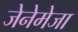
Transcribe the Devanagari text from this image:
जेनेमेजा